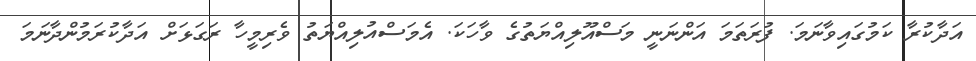
އަދާކުރާ ކަމުގައިވާނަމަ. ފުރަތަމަ އަންނަނީ މަސްއޫލިއްޔަތުގެ ވާހަކަ. އެމަސްއުލިއްޔަތު ވެރިމީހާ ރަގަޅަށް އަދާކުރަމުންދާނަމަ